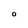
Character: O